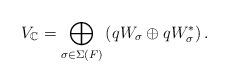
LaTeX: \begin{align*}V_\mathbb{C}= \bigoplus_{\sigma\in \Sigma(F)} \left(qW_{\sigma}\oplus qW_{\sigma}^*\right).\end{align*}